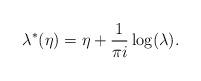
LaTeX: \begin{align*}\lambda^*(\eta)=\eta+\frac{1}{\pi i}\log(\lambda).\end{align*}